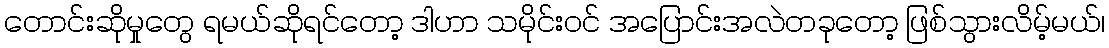
တောင်းဆိုမှုတွေ ရမယ်ဆိုရင်တော့ ဒါဟာ သမိုင်းဝင် အပြောင်းအလဲတခုတော့ ဖြစ်သွားလိမ့်မယ်၊